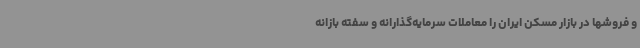
و فروشها در بازار مسکن ایران را معاملات سرمایه‌گذارانه و سفته بازانه